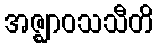
အဇ္ဈာဝသသီတိ